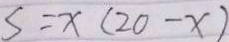
S = x ( 2 0 - x )